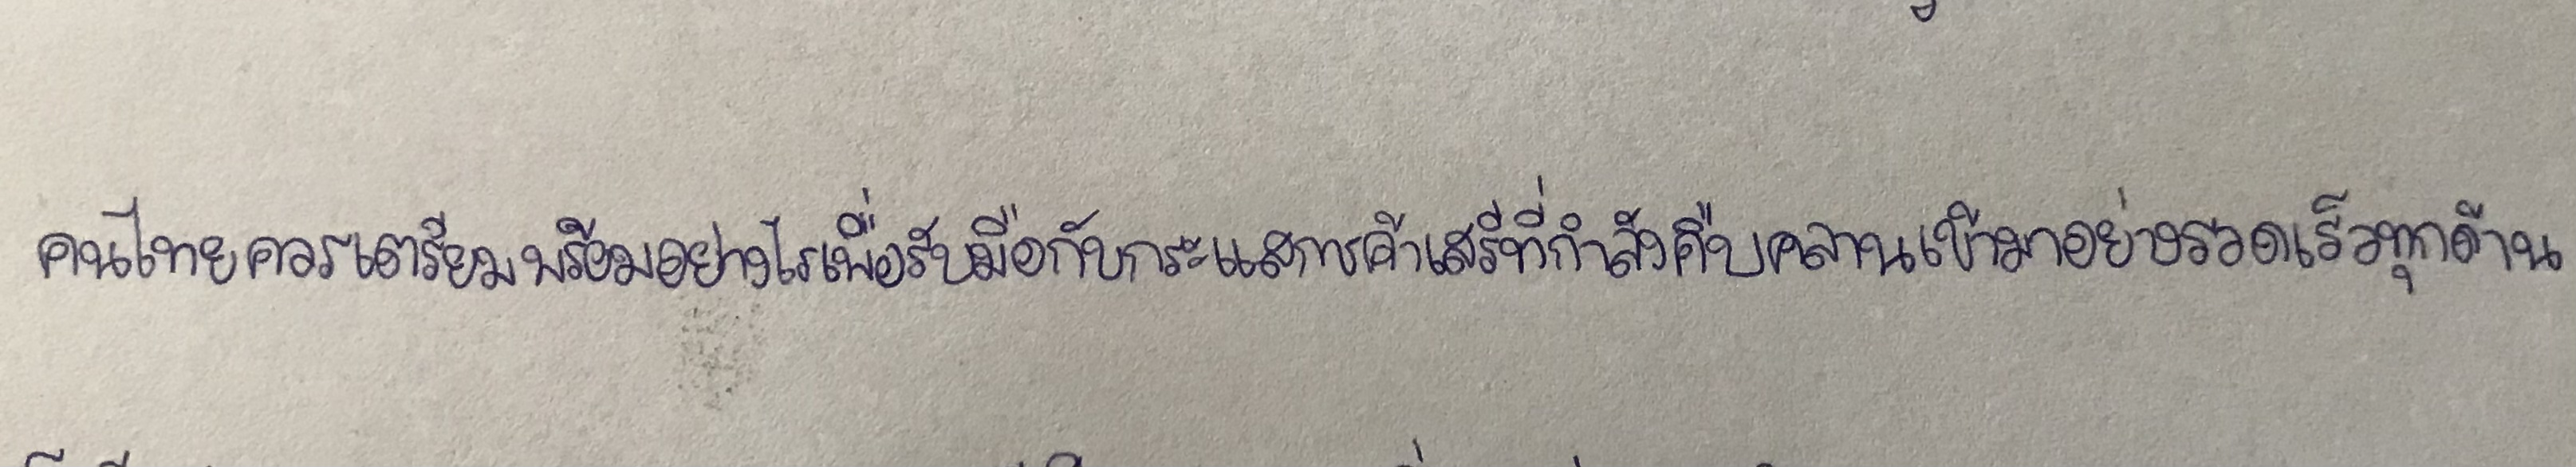
คนไทยควรเตรียมพร้อมอย่างไรเพื่อรับมือกับกระแสการค้าเสรีที่กำลังคืบคลานเข้ามาอย่างรวดเร็วทุกด้าน